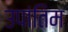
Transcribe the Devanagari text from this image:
उपांतिम